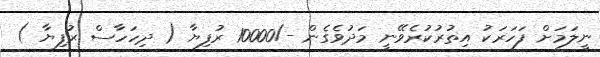
ނީލަމަށް ފަހަރަކު އިތުރުކުރެވޭނީ މަދުވެގެން -/10000 ރުފިޔާ ( ދިހަހާސް ރުފިޔާ )